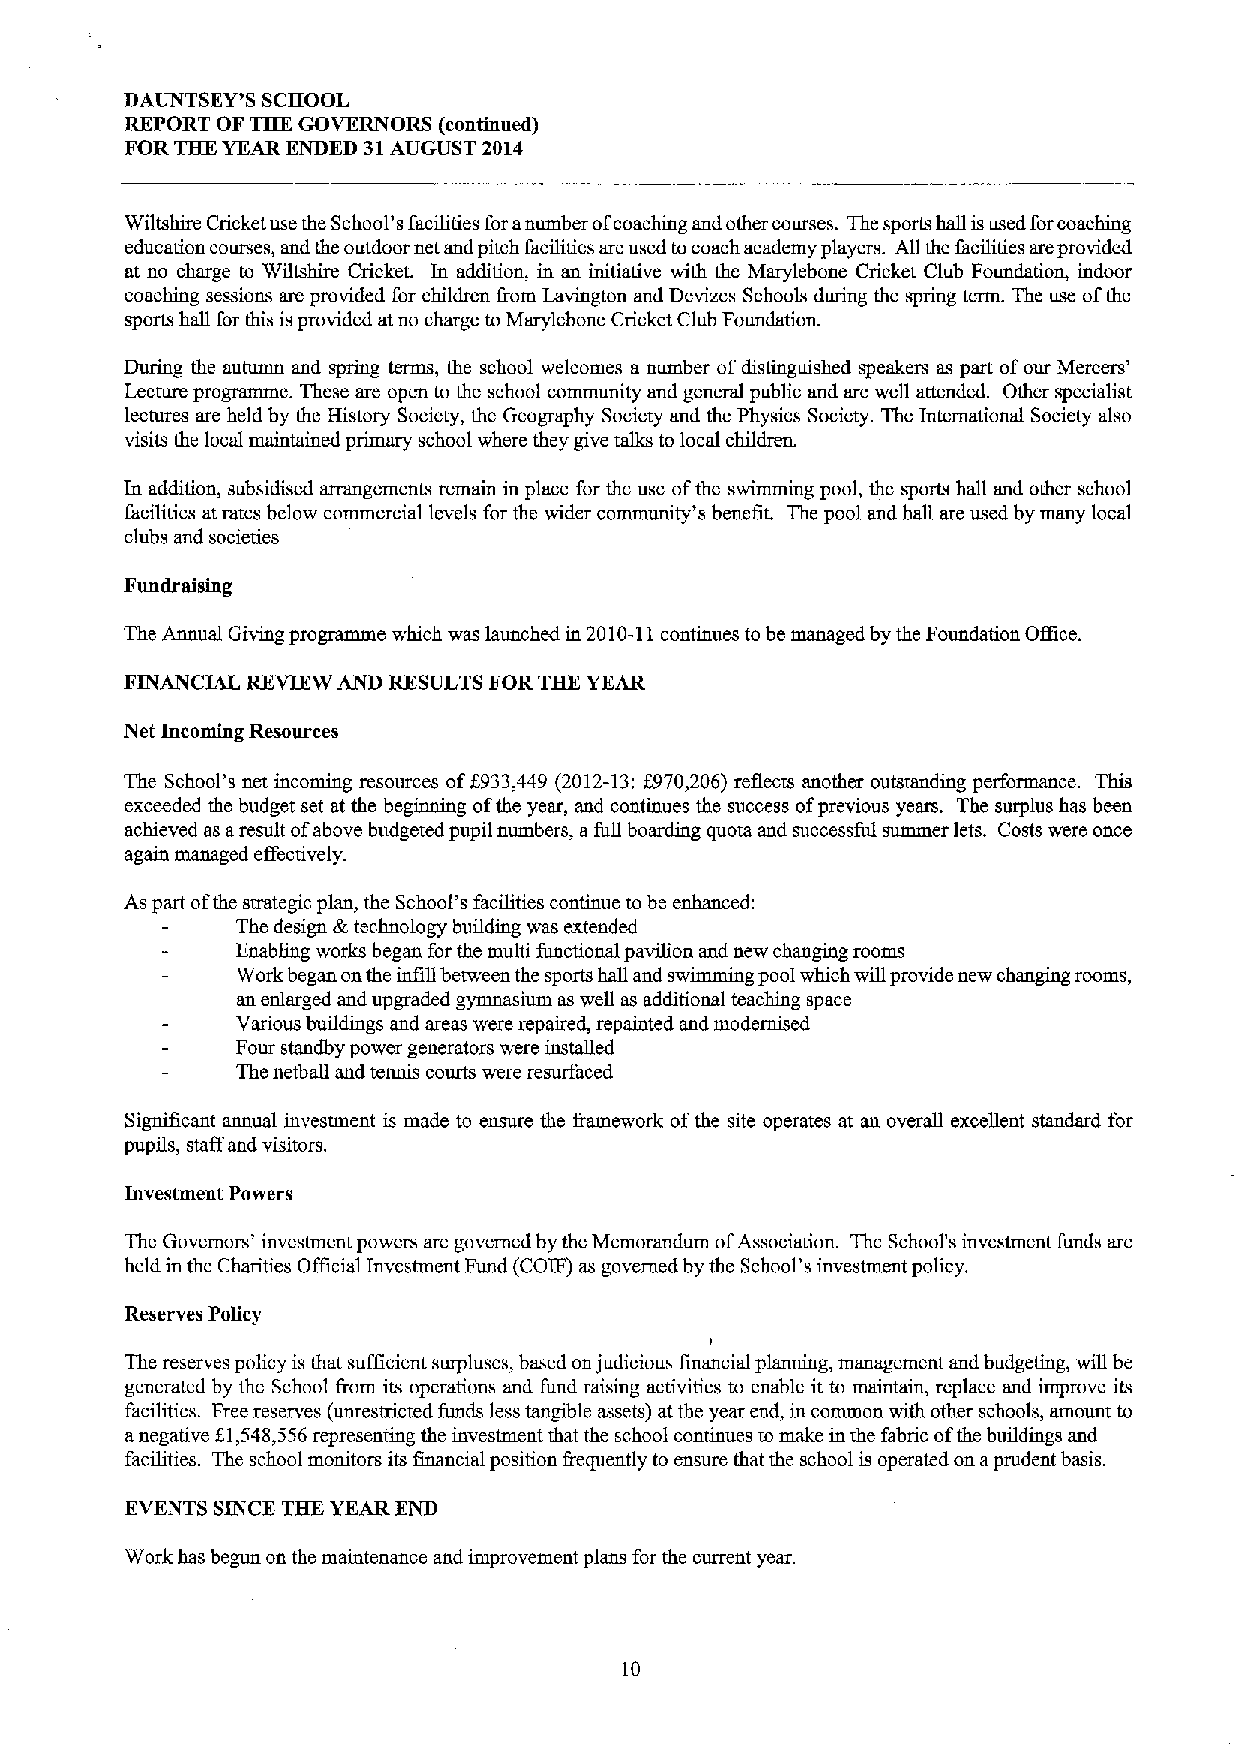
DAUNTSEY'S SCHOOL
 REPORT OF THE GOVERNORS (continued)
 FOR THE YEAR ENDED 31AUGUST 2014
 Wiltshire Cricket use the School's facilities foranumber ofcoaching and other courses. The sports hall isused forcoaching
 education courses, and the outdoor net and pitch facilities are used tocoach academy players. All the facilities areprovided
 at no charge to Wiltshire Cricket. In addition, in an initiative with the Marylebone Cricket Club Foundation, indoor
 coaching sessions are provided for children &om Lavington and Devizes Schools during the spring term. The use ofthe
 sports hall for this isprovided at no charge to Marylebone Cricket Club Foundation.
 During the autumn and spring terms, the school welcomes a number ofdistinguished speakers as part ofour Mercers'
 Lecture programme. These are open to the school community and general public and are well attended. Other specialist
 lectures are held by the History Society, the Geography Society and the Physics Society. The International Society also
 visits the local maintained primary school where they give talks to local children.
 In addition, subsidised arrangements remain in place for the use ofthe swimming pool, the sports hall and other school
 facilities at rates below commercial levels for the wider community's benefit. The pool and haB are used by many local
 clubs and societies
 Fllllill'alslllg
 The Annual Giving programme which was launched in 2010-11continues tobe managed by the Foundation Oifice.
 FINANCIAL REVIEW AND RESULTS FOR THE YEAR
 Net Incoming Resources
 The School's net incoming resources off933,449 (2012-13;f970,206) reflects another outstanding performance. This
 exceeded the budget set at the beginning ofthe year, aud continues the success ofprevious years. The surplus has been
 achieved as aresult ofabove budgeted pupil numbers, afull boarding quota and successful summer lets. Costs were once
 again managed effectively.
 As part ofthe strategic plan, the School's facilities continue tobe enhanced:
 The design &technology building was extended
 Enabling works began for the multi functional pavilion and new changing rooms
 Work began onthe infill between the sports hall and swimming pool which will provide new changing rooms,
 an enlarged and upgraded gymnasium as well as additional teaching space
 Various buildings and areas were repaired, repainted and modernised
 Four standby power generators were installed
 The netball and teruns courts were resurfaced
 Significant annual investment is made to ensure the &amework ofthe site operates at an overall excellent standard for
 pupils, staff and visitors.
 Investment Powers
 The Governors' investment powers are governed by the Memorandum ofAssociation. The School's investment funds are
 held in the Charities Official Investment Fund (CO)F) as governed by the School's investment policy.
 Reserves Policy
 The reserves policy is that sufficient surpluses, based onjudicious financial planning, management aud budgeting, will be
 generated by the School &om its operations and fund raising activities to enable it to maintain, replace and improve its
 facilities. Free reserves (unrestricted funds less tangible assets) at the year end, in common with other schools, amount to
 anegative f.1,548,556representing the investment that the school continues to make in the fabric ofthe buildings and
 facilities. The school monitors its financial position &equently to ensure that the school is operated on aprudent basis.
 EVENTS SINCE THE YEAR END
 Work has begun on the maintenance and improvement plans for the current year.
 10